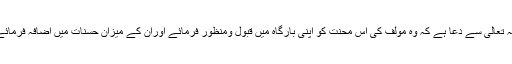
اللہ تعالی سے دعا ہے کہ وہ مولف کی اس محنت کو اپنی بارگاہ میں قبول ومنظور فرمائے اوران کے میزان حسنات میں اضافہ فرمائے۔